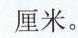
厘米。